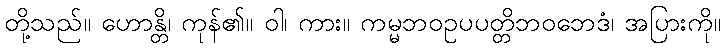
တို့သည်။ ဟောန္တိ၊ ကုန်၏။ ဝါ၊ ကား။ ကမ္မဘဝဥပပတ္တိဘဝဘေဒံ၊ အပြားကို။